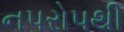
નપરોપથી